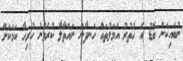
ނުބައިކަން ބޮޑު އެ ހުތުރު އަމަލުތައް ހަނދާން ނައްތާލާ ކުރެވުނު ހުރިހާ ކަމަކަށް